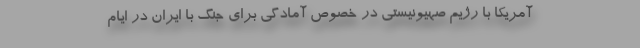
آمریکا با رژیم صهیونیستی در خصوص آمادگی برای جنگ با ایران در ایام